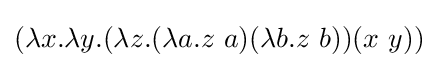
(\lambda x.\lambda y.(\lambda z.(\lambda a.z\ a)(\lambda b.z\ b))(x\ y))